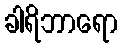
ခါရိဘာရော